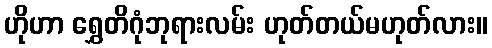
ဟိုဟာ ရွှေတိဂုံဘုရားလမ်း ဟုတ်တယ်မဟုတ်လား။